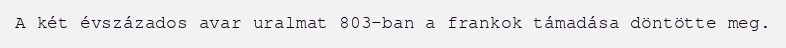
A két évszázados avar uralmat 803-ban a frankok támadása döntötte meg.